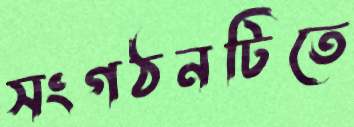
সংগঠনটিতে